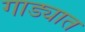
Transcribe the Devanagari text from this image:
गाड्यात